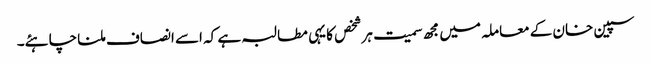
سپین خان کے معاملہ میں مجھ سمیت ہرشخص کا یہی مطالبہ ہے کہ اسے انصاف ملنا چاہئے۔